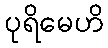
ပုရိမေဟိ